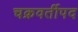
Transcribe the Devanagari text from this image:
चक्रवर्तीपद